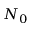
N _ { 0 }